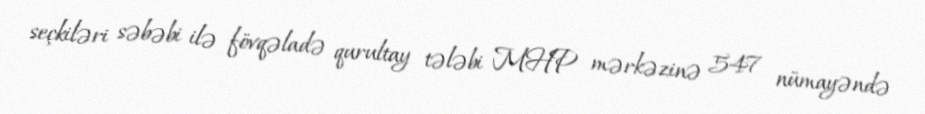
seçkiləri səbəbi ilə fövqəladə qurultay tələbi MHP mərkəzinə 547 nümayəndə